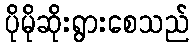
ပိုမိုဆိုးရွားစေသည်